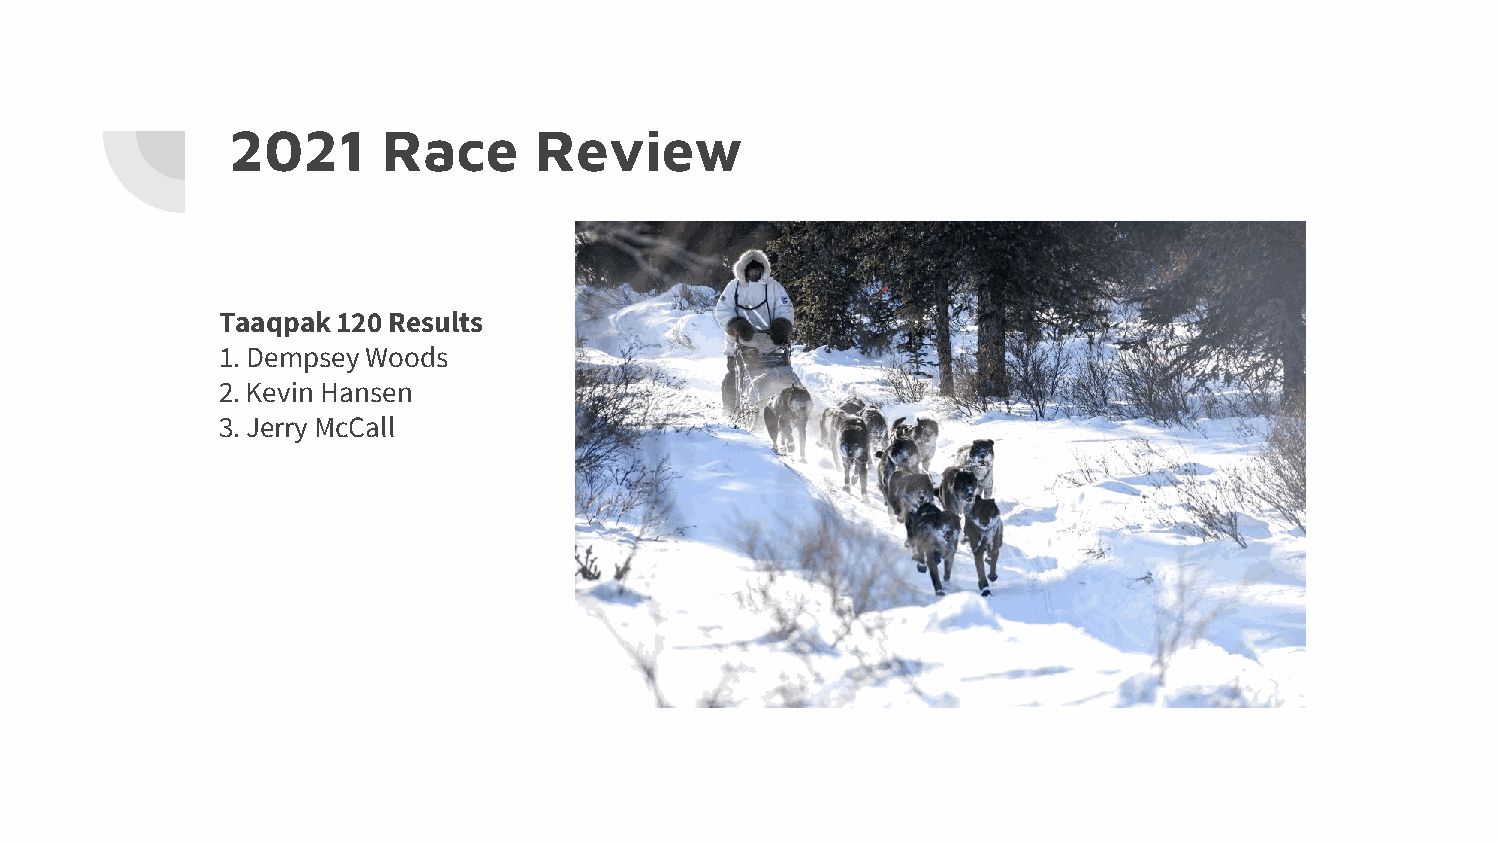
2021      Race      Review
 Taaqpak120  Results
 1. Dempsey Woods
 2. Kevin Hansen
 3. Jerry McCall